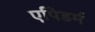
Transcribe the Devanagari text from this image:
एपिडर्म